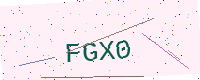
Text: FGX0